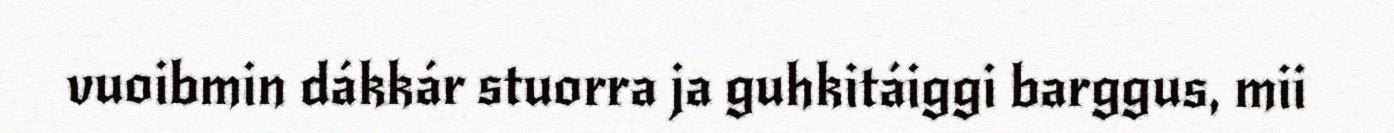
vuoibmin dákkár stuorra ja guhkitáiggi barggus, mii